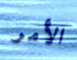
الأمر